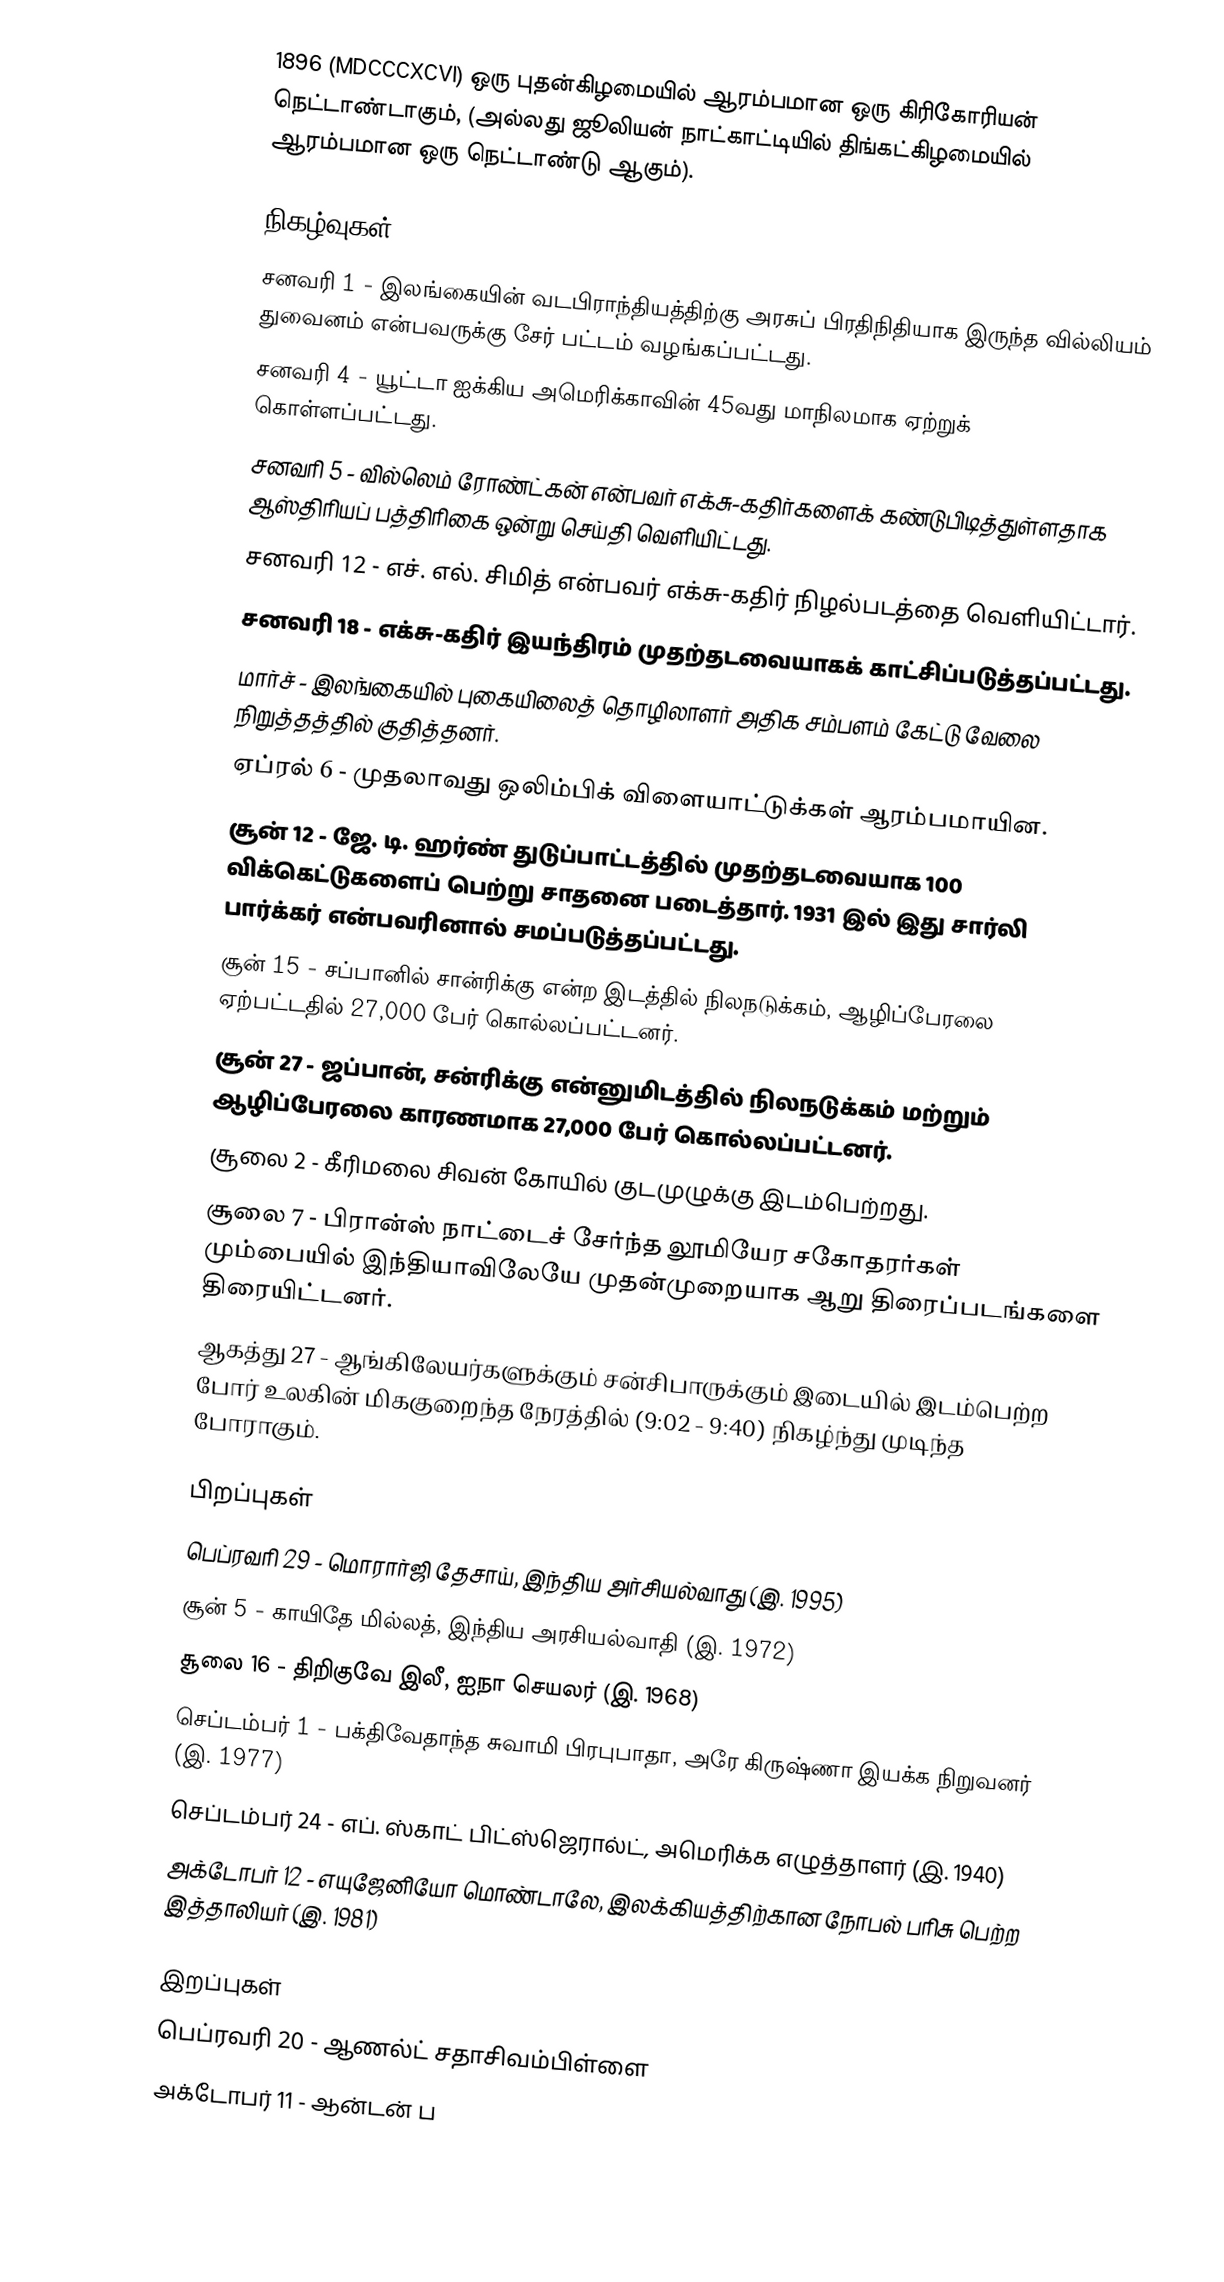
1896  (MDCCCXCVI) ஒரு புதன்கிழமையில் ஆரம்பமான ஒரு கிரிகோரியன் நெட்டாண்டாகும், (அல்லது ஜூலியன் நாட்காட்டியில் திங்கட்கிழமையில் ஆரம்பமான ஒரு நெட்டாண்டு ஆகும்).

நிகழ்வுகள்
 சனவரி 1 - இலங்கையின் வடபிராந்தியத்திற்கு அரசுப் பிரதிநிதியாக இருந்த வில்லியம் துவைனம் என்பவருக்கு சேர் பட்டம் வழங்கப்பட்டது.
 சனவரி 4 - யூட்டா ஐக்கிய அமெரிக்காவின் 45வது மாநிலமாக ஏற்றுக் கொள்ளப்பட்டது.
 சனவரி 5 - வில்லெம் ரோண்ட்கன் என்பவர் எக்சு-கதிர்களைக் கண்டுபிடித்துள்ளதாக ஆஸ்திரியப் பத்திரிகை ஒன்று செய்தி வெளியிட்டது.
 சனவரி 12 - எச். எல். சிமித் என்பவர் எக்சு-கதிர் நிழல்படத்தை வெளியிட்டார்.
 சனவரி 18 - எக்சு-கதிர் இயந்திரம் முதற்தடவையாகக் காட்சிப்படுத்தப்பட்டது.
 மார்ச் - இலங்கையில் புகையிலைத் தொழிலாளர் அதிக சம்பளம் கேட்டு வேலை நிறுத்தத்தில் குதித்தனர்.
 ஏப்ரல் 6 - முதலாவது ஒலிம்பிக் விளையாட்டுக்கள் ஆரம்பமாயின.
 சூன் 12 - ஜே. டி. ஹர்ண் துடுப்பாட்டத்தில் முதற்தடவையாக 100 விக்கெட்டுகளைப் பெற்று சாதனை படைத்தார். 1931 இல் இது சார்லி பார்க்கர் என்பவரினால் சமப்படுத்தப்பட்டது.
 சூன் 15 - சப்பானில் சான்ரிக்கு என்ற இடத்தில் நிலநடுக்கம், ஆழிப்பேரலை ஏற்பட்டதில் 27,000 பேர் கொல்லப்பட்டனர்.
 சூன் 27 - ஜப்பான், சன்ரிக்கு என்னுமிடத்தில் நிலநடுக்கம் மற்றும் ஆழிப்பேரலை காரணமாக 27,000 பேர் கொல்லப்பட்டனர்.
 சூலை 2 - கீரிமலை சிவன் கோயில் குடமுழுக்கு இடம்பெற்றது.
 சூலை 7 - பிரான்ஸ் நாட்டைச் சேர்ந்த லூமியேர சகோதரர்கள் மும்பையில் இந்தியாவிலேயே முதன்முறையாக ஆறு திரைப்படங்களை திரையிட்டனர்.
 ஆகத்து 27 - ஆங்கிலேயர்களுக்கும் சன்சிபாருக்கும் இடையில் இடம்பெற்ற போர் உலகின் மிககுறைந்த நேரத்தில் (9:02 - 9:40) நிகழ்ந்து முடிந்த போராகும்.

பிறப்புகள்
 பெப்ரவரி 29 - மொரார்ஜி தேசாய், இந்திய அர்சியல்வாது (இ. 1995)
 சூன் 5 - காயிதே மில்லத், இந்திய அரசியல்வாதி (இ. 1972)
 சூலை 16 - திறிகுவே இலீ, ஐநா செயலர் (இ. 1968)
 செப்டம்பர் 1 - பக்திவேதாந்த சுவாமி பிரபுபாதா, அரே கிருஷ்ணா இயக்க நிறுவனர் (இ. 1977)
 செப்டம்பர் 24 - எப். ஸ்காட் பிட்ஸ்ஜெரால்ட், அமெரிக்க எழுத்தாளர் (இ. 1940)
 அக்டோபர் 12 - எயுஜேனியோ மொண்டாலே, இலக்கியத்திற்கான நோபல் பரிசு பெற்ற இத்தாலியர் (இ. 1981)

இறப்புகள்
  பெப்ரவரி 20 - ஆணல்ட் சதாசிவம்பிள்ளை
 அக்டோபர் 11 - ஆன்டன் ப